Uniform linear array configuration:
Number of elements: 12
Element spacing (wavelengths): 0.25
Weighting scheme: blackman
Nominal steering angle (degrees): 15
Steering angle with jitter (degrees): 16.859
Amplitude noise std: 0.05
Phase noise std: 0.05

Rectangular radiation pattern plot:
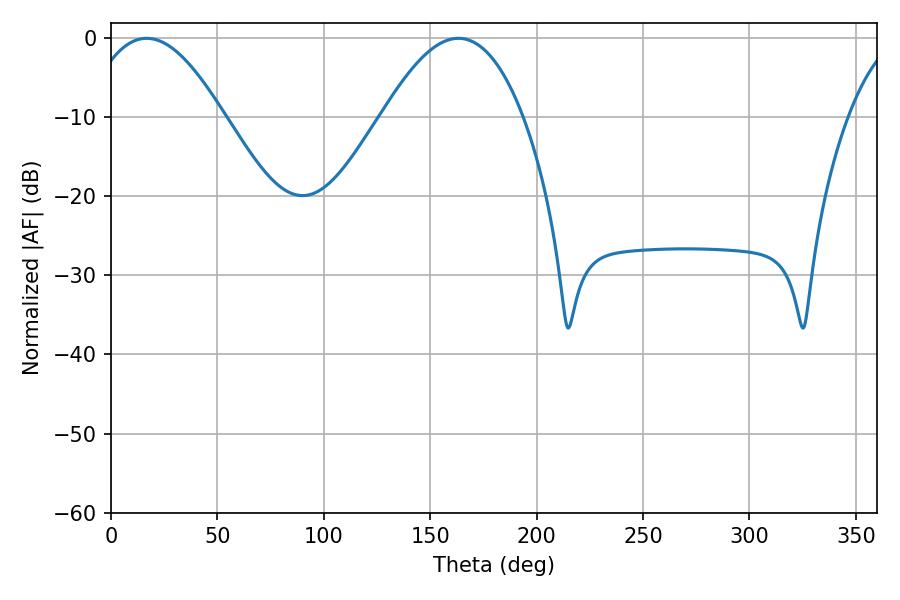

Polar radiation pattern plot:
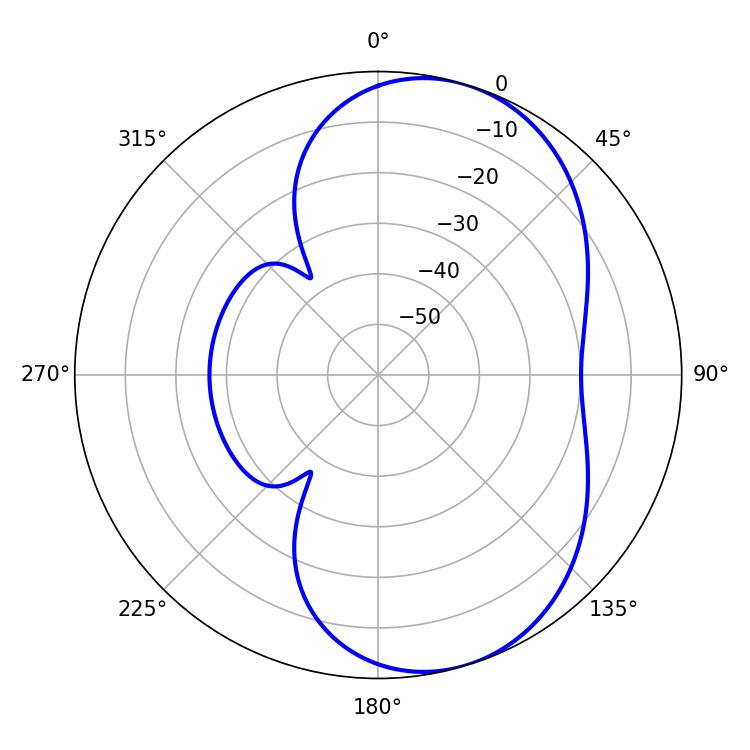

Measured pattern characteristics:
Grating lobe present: FALSE
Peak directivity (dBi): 6.631
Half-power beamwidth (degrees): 35.82
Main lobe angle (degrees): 16.74